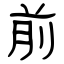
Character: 前